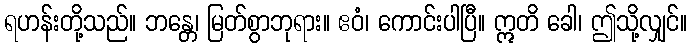
ရဟန်းတို့သည်။ ဘန္တေ၊ မြတ်စွာဘုရား။ ဧဝံ၊ ကောင်းပါပြီ။ ဣတိ ခေါ၊ ဤသို့လျှင်။